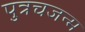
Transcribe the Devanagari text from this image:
पुत्रचजन्म